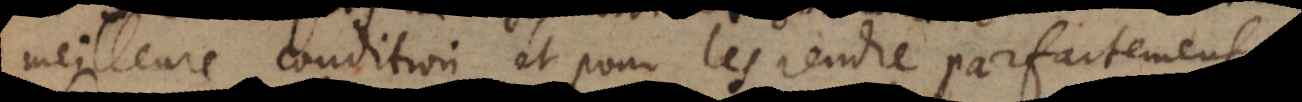
meilleure condition, et pour les rendre parfaitement